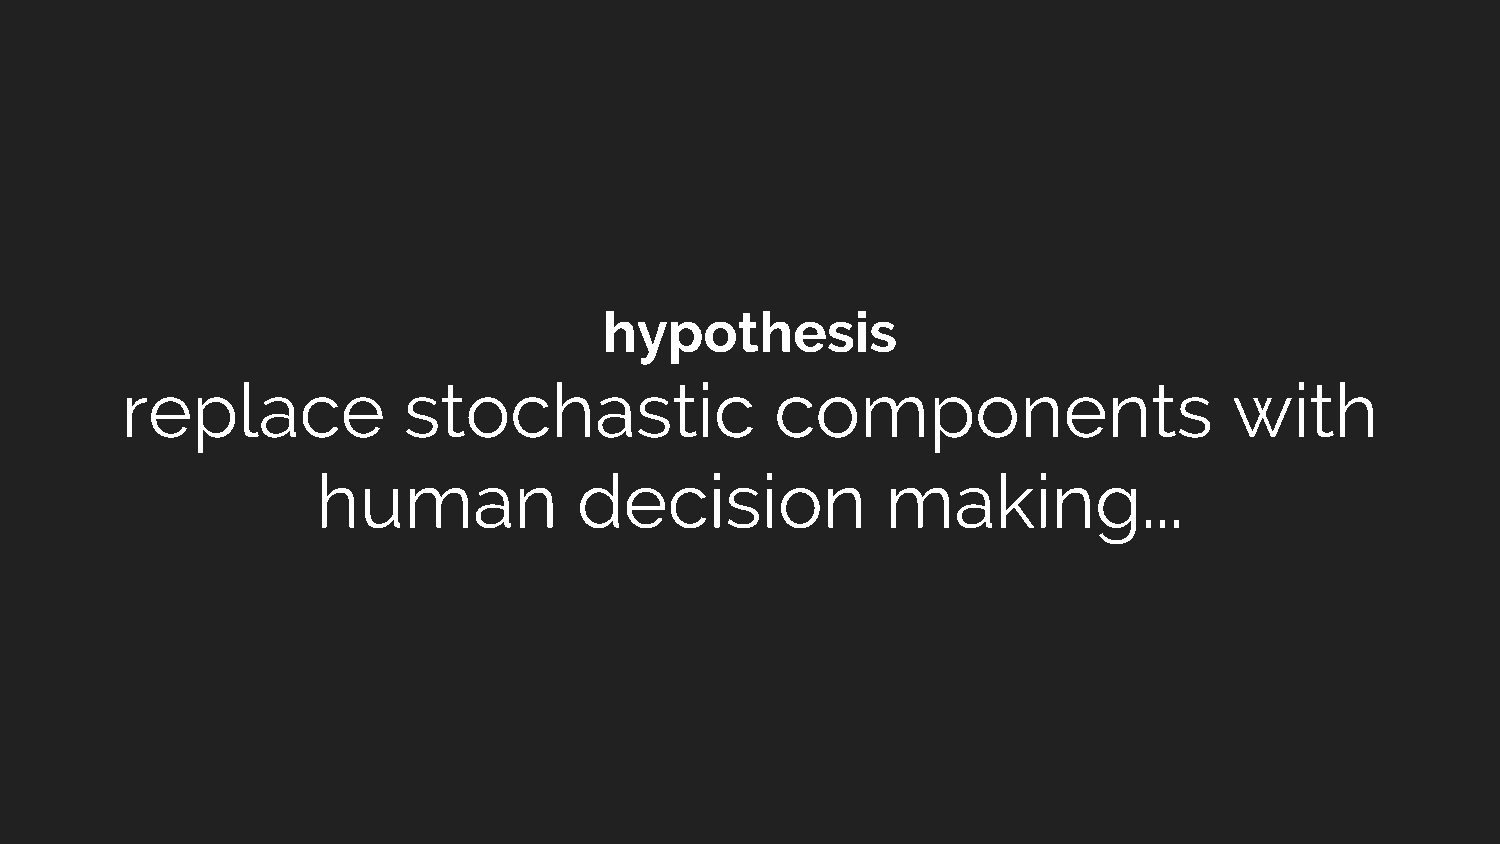
hypothesis
 replace            stochastic              components                     with
 human            decision             making...